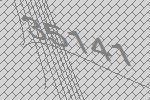
35141